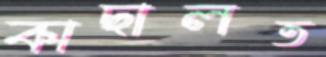
কাছালত